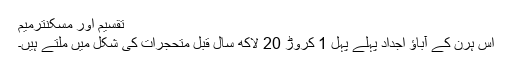
تقسیم اور مسکنترميم
اس ہرن کے آباؤ اجداد پہلے پہل 1 کروڑ 20 لاکھ سال قبل متحجرات کی شکل میں ملتے ہیں۔